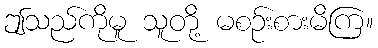
ဤသည်ကိုမူ သူတို့ မစဉ်းစားမိကြ။